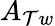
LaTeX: A_{\mathcal{T}w}